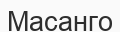
Масанго